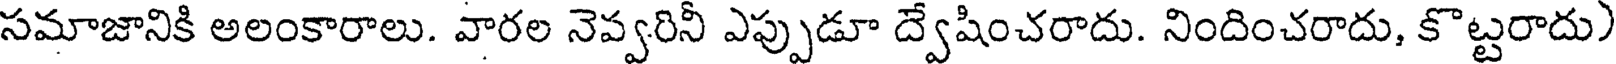
సమాజానికి అలంకారాలు. వారల నెవ్వరినీ ఎప్పుడూ ద్వేషించరాదు. నిందించరాదు, కొట్టరాదు)